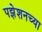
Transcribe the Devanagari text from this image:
पझेशनच्या